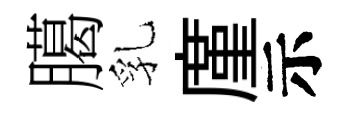
臈乳廑示